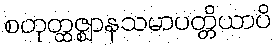
စတုတ္ထဇ္ဈာနသမာပတ္တိယာပိ